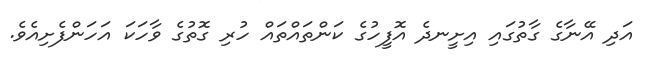
އަދި އޭނާގެ ގާތުގައި އިށީނދެ އޮފީހުގެ ކަންތައްތައް ހުރި ގޮތުގެ ވާހަކަ އަހަންފެށިއެވެ.